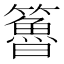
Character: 𥶇